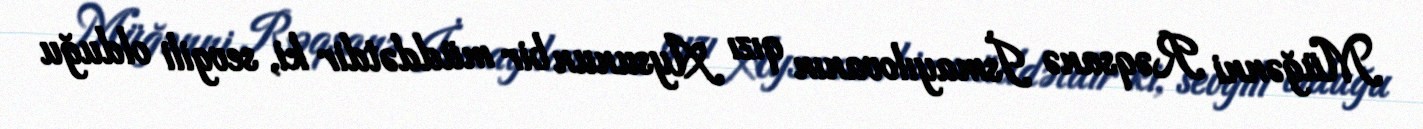
Müğənni Rəqsanə İsmayılovanın qızı Aysunun bir müddətdir ki, sevgili olduğu